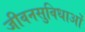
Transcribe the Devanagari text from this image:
जीवनसुविधाओं